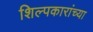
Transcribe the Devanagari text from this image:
शिल्पकारांच्या